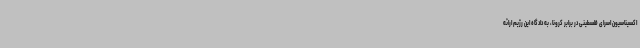
اکسیناسیون اسرای فلسطینی در برابر کرونا، به دادگاه این رژیم ارائه